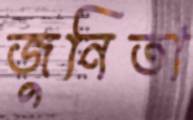
জুনিতা